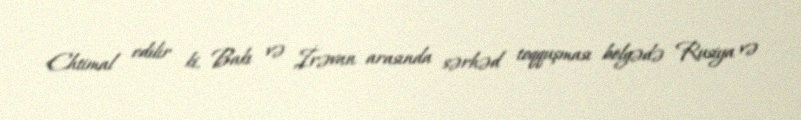
Ehtimal edilir ki, Bakı və İrəvan arasında sərhəd toqquşması bölgədə Rusiya və